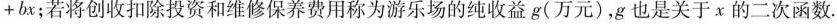
+bx；若将创收扣除投资和维修保养费用称为游乐场的纯收益g(万元)，g也是关于x的二次函数。